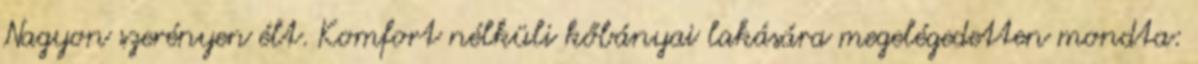
Nagyon szerényen élt. Komfort nélküli kőbányai lakására megelégedetten mondta: